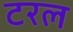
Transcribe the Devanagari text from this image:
टरल